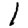
Digit: 1